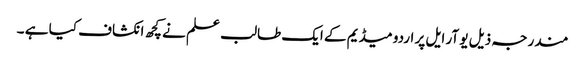
مندرجہ ذیل یو آر ایل پر اردو میڈیم کے ایک طالب علم نے کچھ انکشاف کیا ہے ۔